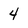
Character: 4